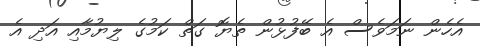
އެހެން ނަމަވެސް އެ ބޭފުޅުން ތެޔޮ ގަތް ކަމުގެ ލިޔުމާއި އަދި އެ